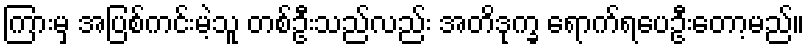
ကြားမှ အပြစ်ကင်းမဲ့သူ တစ်ဦးသည်လည်း အတိဒုက္ခ ရောက်ရပေဦးတော့မည်။